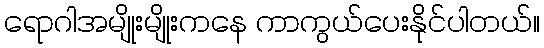
ရောဂါအမျိုးမျိုးကနေ ကာကွယ်ပေးနိုင်ပါတယ်။